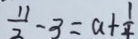
\frac { 1 1 } { 2 } - 3 = a + \frac { 1 } { 4 }